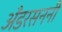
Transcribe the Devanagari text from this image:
अँडरसननी